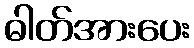
ဓါတ်အားပေး